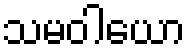
သမဝါယော